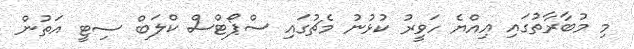
މި މުބާރާތުގައި އިއްޔެ ހަވީރު ކުޅުނު މެޗުގައި ސްޕޯޓްސް ކްލަބް ސިޓީ އަތުން